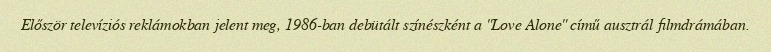
Először televíziós reklámokban jelent meg, 1986-ban debütált színészként a "Love Alone" című ausztrál filmdrámában.